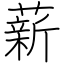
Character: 薪